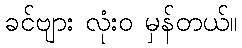
ခင်ဗျား လုံးဝ မှန်တယ်။